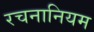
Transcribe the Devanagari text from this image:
रचनानियम